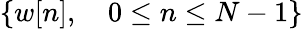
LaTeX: \{ w[n],\quad 0\leq n\leq N-1\}